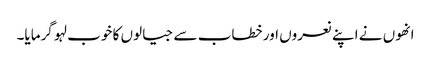
انھوں نے اپنے نعروں اور خطاب سے جیالوں کا خوب لہو گرمایا۔